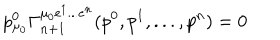
p _ { \mu _ { 0 } } ^ { 0 } \Gamma _ { n + 1 } ^ { \mu _ { 0 } e ^ { 1 } . . . e ^ { n } } ( p ^ { 0 } , p ^ { 1 } , . . . , p ^ { n } ) = 0